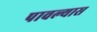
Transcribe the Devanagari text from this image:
पावल्यास